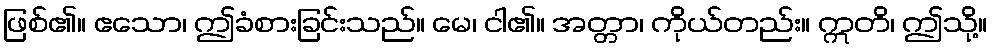
ဖြစ်၏။ ဧသော၊ ဤခံစားခြင်းသည်။ မေ၊ ငါ၏။ အတ္တာ၊ ကိုယ်တည်း။ ဣတိ၊ ဤသို့။